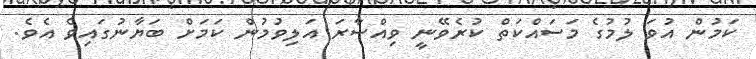
ކަމުން އުވަ ލުމުގެ މަސައްކަތް ކުރެވޭނީ ވިއްސާރަ އަލިވުމުން ކަމަށް ބަޔާނުގައިވެ އެވެ.